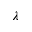
\lambda